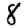
Digit: 8